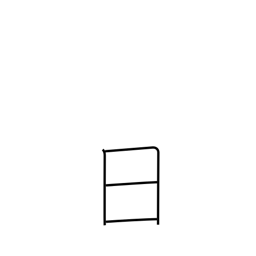
Meaning: day